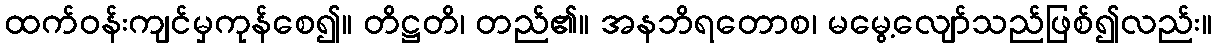
ထက်ဝန်းကျင်မှကုန်စေ၍။ တိဋ္ဌတိ၊ တည်၏။ အနဘိရတောစ၊ မမွေ့လျော်သည်ဖြစ်၍လည်း။